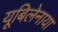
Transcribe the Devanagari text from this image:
यूबिलेनाया